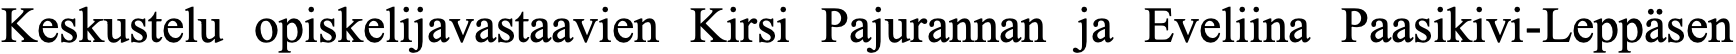
Keskustelu opiskelijavastaavien Kirsi Pajurannan ja Eveliina Paasikivi-Leppäsen